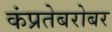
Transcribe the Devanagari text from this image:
कंप्रतेबरोबर